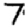
Digit: 7